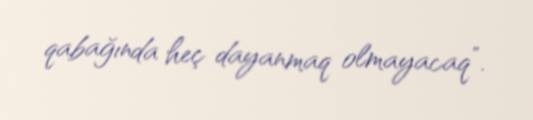
qabağında heç dayanmaq olmayacaq”.